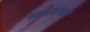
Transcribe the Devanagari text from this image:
नगरसंभल